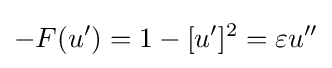
-F(u')=1-[u']^{2}=\varepsilon u''